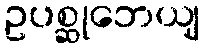
ဥပစ္ဆုဘေယျ